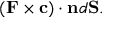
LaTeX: ( \mathbf { F } \times \mathbf { c } ) \cdot \mathbf { n } d \mathbf { S } .